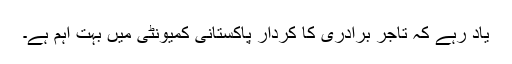
یاد رہے کہ تاجر برادری کا کردار پاکستانی کمیونٹی میں بہت اہم ہے۔